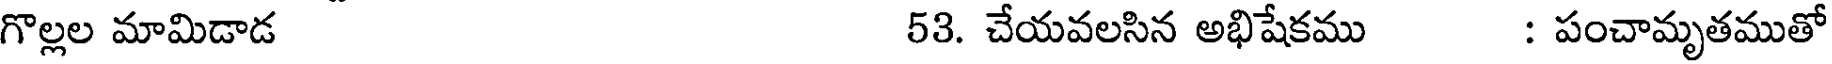
గొల్లల మామిడాడ 53. చేయవలసిన అభిషేకము : పంచామృతముతో